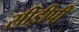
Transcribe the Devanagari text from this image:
सीडीपी